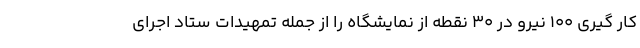
کار گیری ۱۰۰ نیرو در ۳۰ نقطه از نمایشگاه را از جمله تمهیدات ستاد اجرای